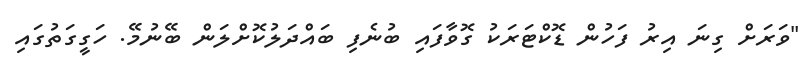
"ވަރަށް ގިނަ އިރު ފަހުން ޑޮކްްޓަރަކު ގޮވާފައި ބުނެފި ބައްދަލުކޮށްލަން ބޭނުމޭ. ހަގީގަތުގައި